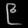
Digit: ၉